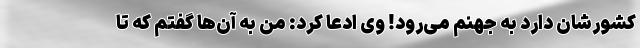
کشورشان دارد به جهنم می‌رود! وی ادعا کرد: من به‌ آن‌ها گفتم که تا